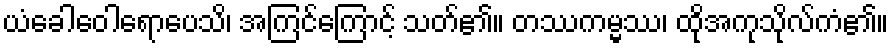
ယံခေါဝေါရောပေသိ၊ အကြင်ကြောင့် သတ်၏။ တဿကမ္မဿ၊ ထိုအကုသိုလ်ကံ၏။